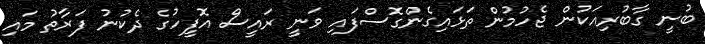
ބުނީ ގާބުރިއަކުން ޖެހުމުން ތަޅައިގެންގޮސްފައި ވަނީ ރައީސް އޮފީހުގެ ދެކުނު ފަރާތު މައި